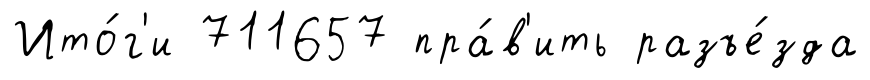
Ито́г'и 711657 пра́в'ить разъе́зда